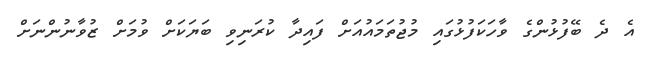
އެ ދެ ބޭފުޅުންގެ ވާހަކަފުޅުގައި މުޖުތަމައުއަށް ފައިދާ ކުރަނިވި ބަޔަކަށް ވުމަށް ޒުވާނުންނަށް